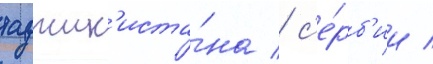
таджик'иста́на / с'е́рб'ии /